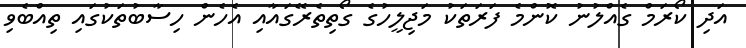
އަދި ކޯރަމް ގެއްލުނު ކޮންމެ ފަރަތަކު މަޖިލީހުގެ ގޯތިތެރޭގައާއި އެހެން ހިސާބުތަކުގައި ތިއްބެވި